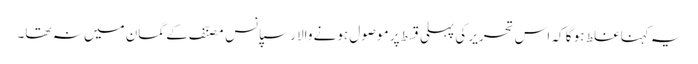
یہ کہنا غلط ہو گا کہ اس تحریر کی پہلی قسط پر موصول ہونے والا رسپانس مصنّف کے گمان میں نہ تھا۔